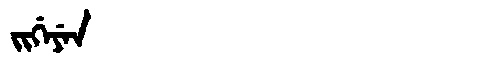
Manchu: ᠵᡳᡤᡝᠶᡝᠨ
Romanization: JIGEYEN